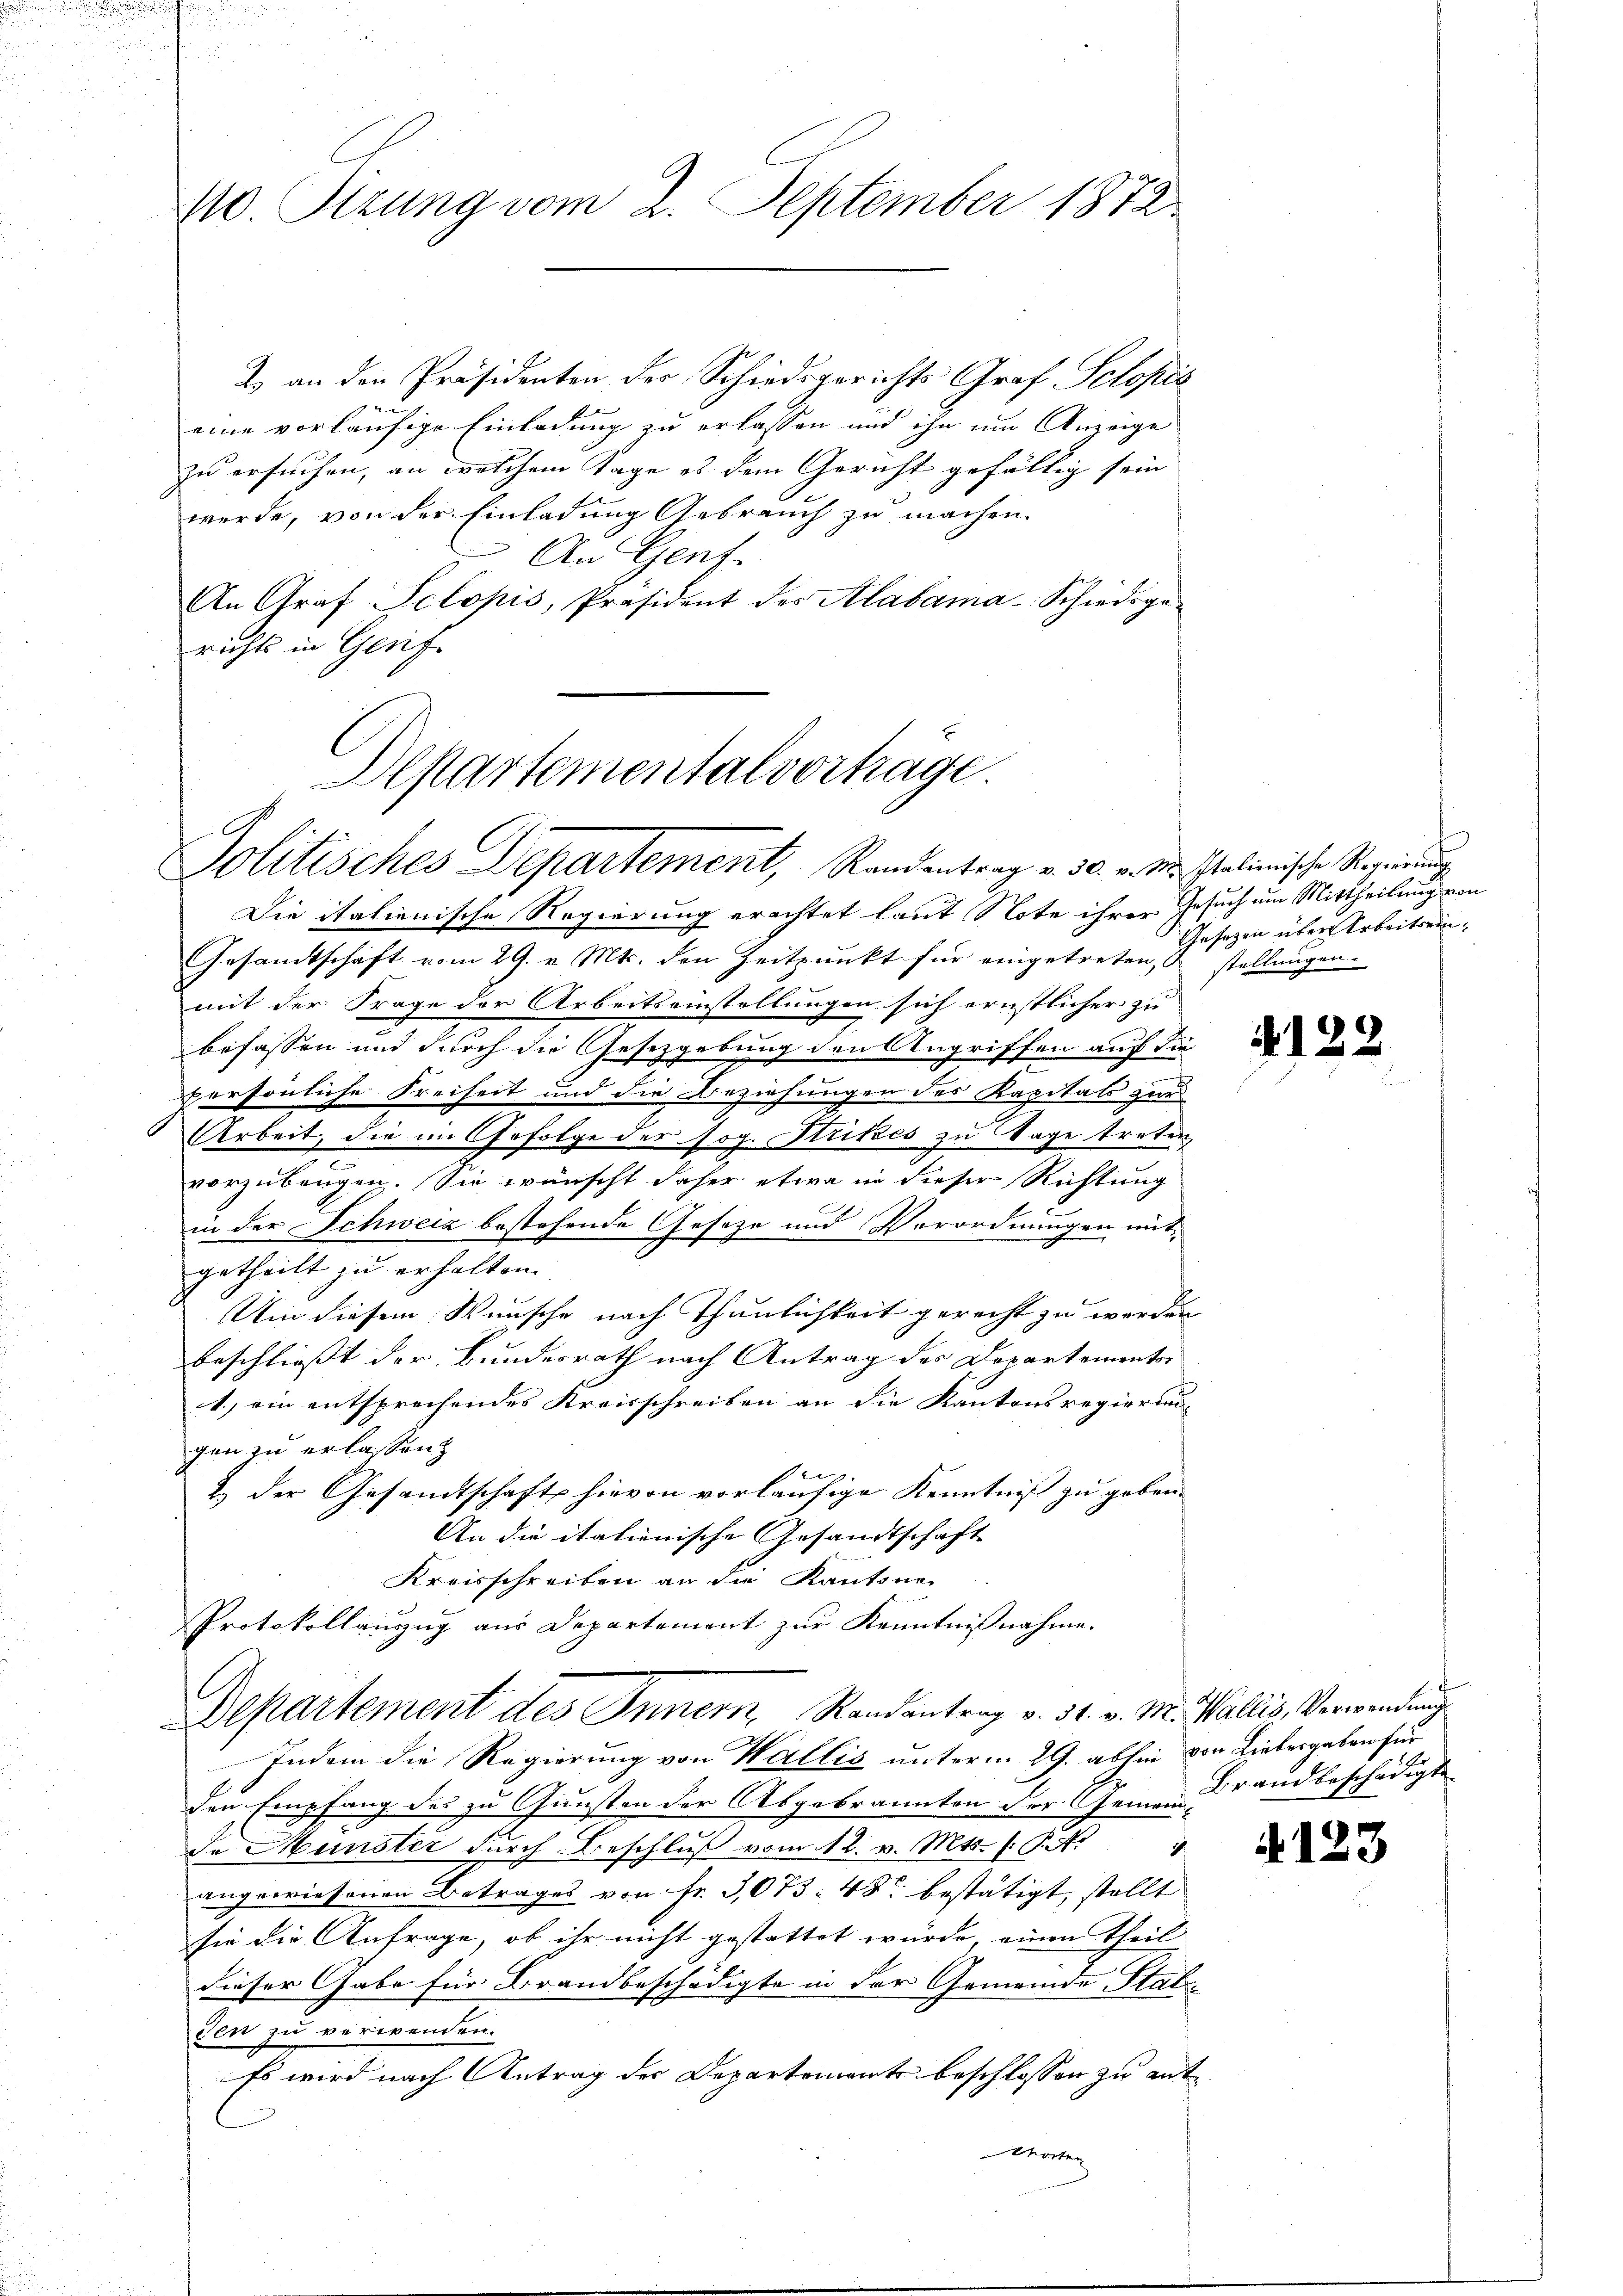
110. Sizung vom 2. September 1872.

1) an den Präsidenten der Schiedsgerichts Graf Schopis
eine vorläufige Einladung zu erlassen und ihn um Anzeige
zu ersuchen, an welchem Tage es dem Gericht gefällig sein
werde, von der Einladung Gebrauch zu machen.
An Genf.
An Graf Selopis, Präsident des Alabama-Schiedsge-
richts in Gerich

Departementalverträge.
Politisches Departement, Randentrag v. 30. v. M. Italienische Regierung

Die italienische Regierung erachtet laut Note ihrer Gesuch um Mittheilung von
Gesandtschaft vom 29. v. Mts. den Zeitpunkt für eingetreten, & stellungen.
mit der Frage der Arbeitseinstellungen sich ernstlicher zu
befassen und durch die Gesetzgebung den Angriffen auch die
persönliche Freiheit und die Beziehungen des Kapitals zur
Arbeit, die im Gefolge der sog. Strikes zu Tage treten,
vorzubeugen. Sie wünscht daher etwa in dieser Richtung
in der Schweiz bestehende Geseze und Vorordnungen mit-
getheilt zu erhalten.
Um diesem Wunsche nach Thunlichkeit gerecht zu werden
beschließt der Bundesrath nach Antrag des Departements-
1.) ein entsprechendes Kreisschreiben an die Kantonsregierung
gen zu erlassen.
2 der Gesandtschaft hievon vorläufige Kenntniß zu geben.
An die italienische Gesandtschaft
Kreisschreiben an die Kantone
Protokollanzug aus Departement zur Kenntnißnahme.
Departement des Innern, Randantrag v. 31. v. M. Wallis, Verwendung
Indem die Regierung von Wallis unterm 29. abhin von Liebergeben für
den Empfang des zu Gunsten der Abgebrannten der Gemeinde Münster durch Beschluß vom 12. v. Mts. (T. 4
angewiesenen Betrages von Fr. 3073. 48 bestätigt, stellt
sie die Anfrage, ob ihr nicht gestattet wurde, einen theil
dieser Gabe für Brandbeschädigte in der Gemeinde Stalden zu verwenden.
Es wird nach Antrag der Departements beschlossen zu ant
 Effe

Gesetzen über Arbeitsein

4122

54.
Brandbeschädigte |

123